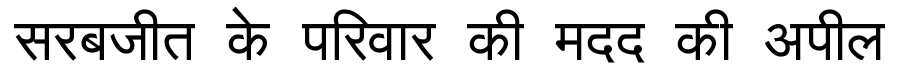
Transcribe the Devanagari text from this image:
सरबजीत के परिवार की मदद की अपील